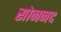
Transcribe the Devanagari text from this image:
सोननद